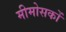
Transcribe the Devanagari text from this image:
मीमोसकों